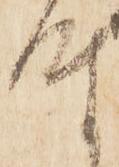
時